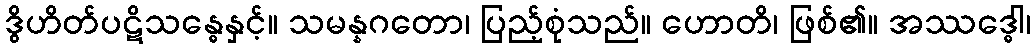
ဒွိဟိတ်ပဋိသန္ဓေနှင့်။ သမန္နဂတော၊ ပြည့်စုံသည်။ ဟောတိ၊ ဖြစ်၏။ အဿဒ္ဓေါ၊